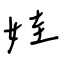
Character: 娃